Leaving Certificate Examination (including Day School Certificate (Higher) General paper), 1929
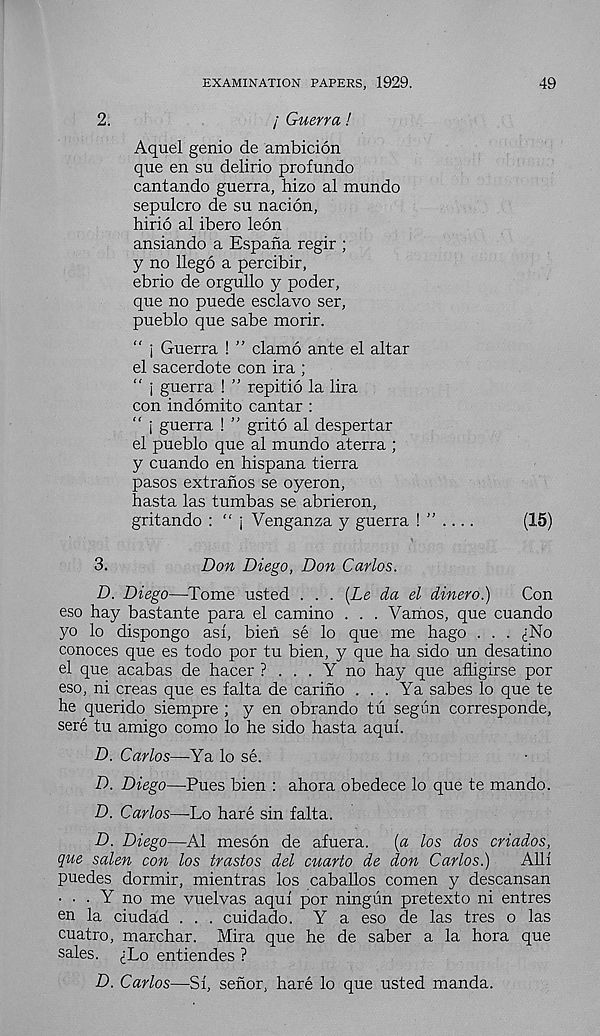
EXAMINATION PAPERS, 1929.
49
2.
/ Guerra!
Aquel genio de ambicion
que en su delirio profundo
cantando guerra, hizo al mundo
sepulcro de su nacion,
hirio al ibero leon
ansiando a Espana regir ;
y no llego a percibir,
ebrio de orgullo y poder,
que no puede esclavo ser,
pueblo que sabe morir.
" j Guerra ! ” clamo ante el altar
el sacerdote con ira ;
“ j guerra ! ” repitio la lira
con indomito cantar :
“ j guerra ! ” grito al despertar
el pueblo que al mundo aterra ;
y cuando en hispana tierra
pasos extranos se oyeron,
hasta las tumbas se abrieron,
gritando : “ j Venganza y guerra
(15)
3.
Don Diego, Don Carlos.
D. Diego—Tome usted . . . [Le da el dinero.)
Con
eso hay bastante para el camino . . . Vamos, que cuando
yo lo dispongo asl, bieh se lo que me hago . . . ^No
conoces que es todo por tu bien, y que ha sido un desatino
el que acabas de hacer ? . . . Y no hay que afligirse por
eso, ni creas que es falta de cariho . . . Ya sabes lo que te
he querido siempre ; y en obrando tu segiin corresponde,
sere tu amigo como lo he sido hasta aqui.
D. Carlos—Ya lo se.
D. Diego—Pues bien : ahora obedece lo que te mando.
D. Carlos—Lo hare sin falta.
D. Diego—Al meson de afuera.
{a los dos criados,
que salen con los trastos del cuarto de don Carlos.)
Alii
puedes dormir, mientras los caballos comen y descansan
• • • Y no me vuelvas aqui por ningun pretexto ni entres
en la ciudad . . . cuidado. Y a eso de las tres o las
cuatro, marchar. Mira que he de saber a la hora que
sales. ^Lo entiendes ?
D. Carlos—Si, senor, hare lo que usted manda.